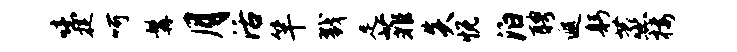
噫捉呵髯月活竿戮足菲炎悦泊聘遐躬蒸楼